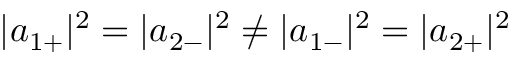
| { a } _ { 1 + } | ^ { 2 } = | { a } _ { 2 - } | ^ { 2 } \neq | { a } _ { 1 - } | ^ { 2 } = | { a } _ { 2 + } | ^ { 2 }